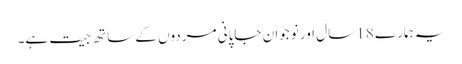
یہ ہمارے 18 سال اور نوجوان جاپانی مردوں کے ساتھ جیت ہے۔